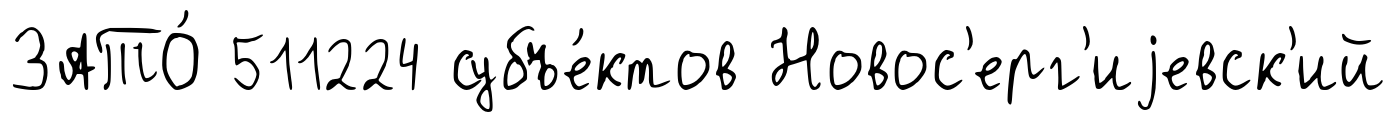
ЗАТО́ 511224 субъе́ктов Новос'ерг'иjевск'ий